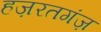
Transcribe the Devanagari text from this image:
हज़रतगंज़